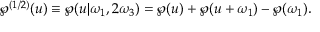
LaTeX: \wp ^ { ( 1 / 2 ) } ( u ) \equiv \wp ( u | \omega _ { 1 } , 2 \omega _ { 3 } ) = \wp ( u ) + \wp ( u + \omega _ { 1 } ) - \wp ( \omega _ { 1 } ) .